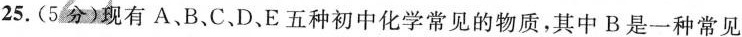
25.(5分)现有A、B、C、D、E五种初中化学常见的物质，其中B是一种常见